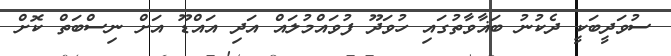
ސުވަދީބަކީ ދެކުނު ބަޣާވާތުގައި ހުވަދޫ ފުވައްމުލައް އަދި އައްޑޫ އަށް ނިސްބަތް ކޮށް